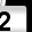
Digit: 2